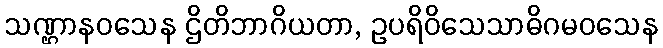
သဏ္ဌာနဝသေန ဌိတိဘာဂိယတာ, ဥပရိဝိသေသာဓိဂမဝသေန